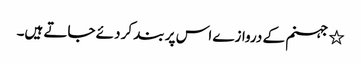
٭ جہنم کے دروازے اس پر بند کر دئے جاتے ہیں۔